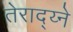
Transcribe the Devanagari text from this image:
तेराद्य्ने